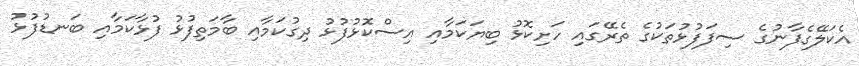
އެކަލޭގެފާނުގެ ސިފަފުޅުތަކުގެ ތެރޭގައި ހަށިކޮޅު ބިޔަކަމާއި އިސްކޮޅުފުޅު ދިގުކަމާއި ބާމަތިފުޅު ފުޅާކަމާއި ބަނޑުފުޅު